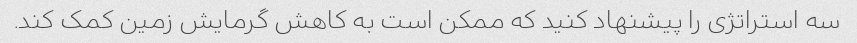
سه استراتژی را پیشنهاد کنید که ممکن است به کاهش گرمایش زمین کمک کند.